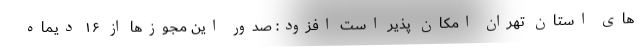
های استان تهران امکان پذیر است افزود: صدور این مجوزها از ۱۶ دیماه